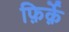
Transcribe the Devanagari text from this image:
फ़िर्क़े